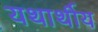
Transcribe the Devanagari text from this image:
यथार्थीय